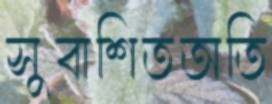
সুবাশিতঅতি